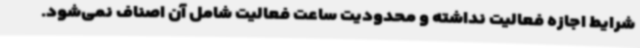
شرایط اجازه فعالیت نداشته و محدودیت ساعت فعالیت شامل آن اصناف نمی‌شود.